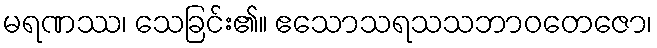
မရဏဿ၊ သေခြင်း၏။ ဧသောသရသသဘာဝတေဇော၊